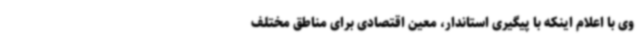
وی با اعلام اینکه با پیگیری استاندار، معین اقتصادی برای مناطق مختلف